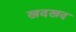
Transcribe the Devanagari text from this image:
खदखद